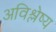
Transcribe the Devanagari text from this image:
अविश्लेष्य